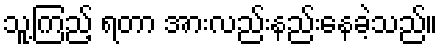
သူ့ကြည့် ရတာ အားလည်းနည်းနေခဲ့သည်။